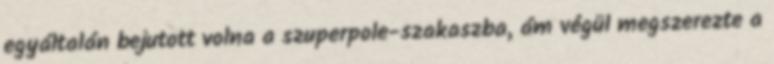
egyáltalán bejutott volna a szuperpole-szakaszba, ám végül megszerezte a